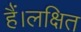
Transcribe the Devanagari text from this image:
हैं।लक्षित